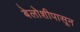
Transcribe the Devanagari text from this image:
बेलोशीपासून